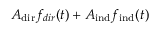
A _ { \mathrm { d i r } } f _ { d i r } ( t ) + A _ { \mathrm { i n d } } f _ { \mathrm { i n d } } ( t )